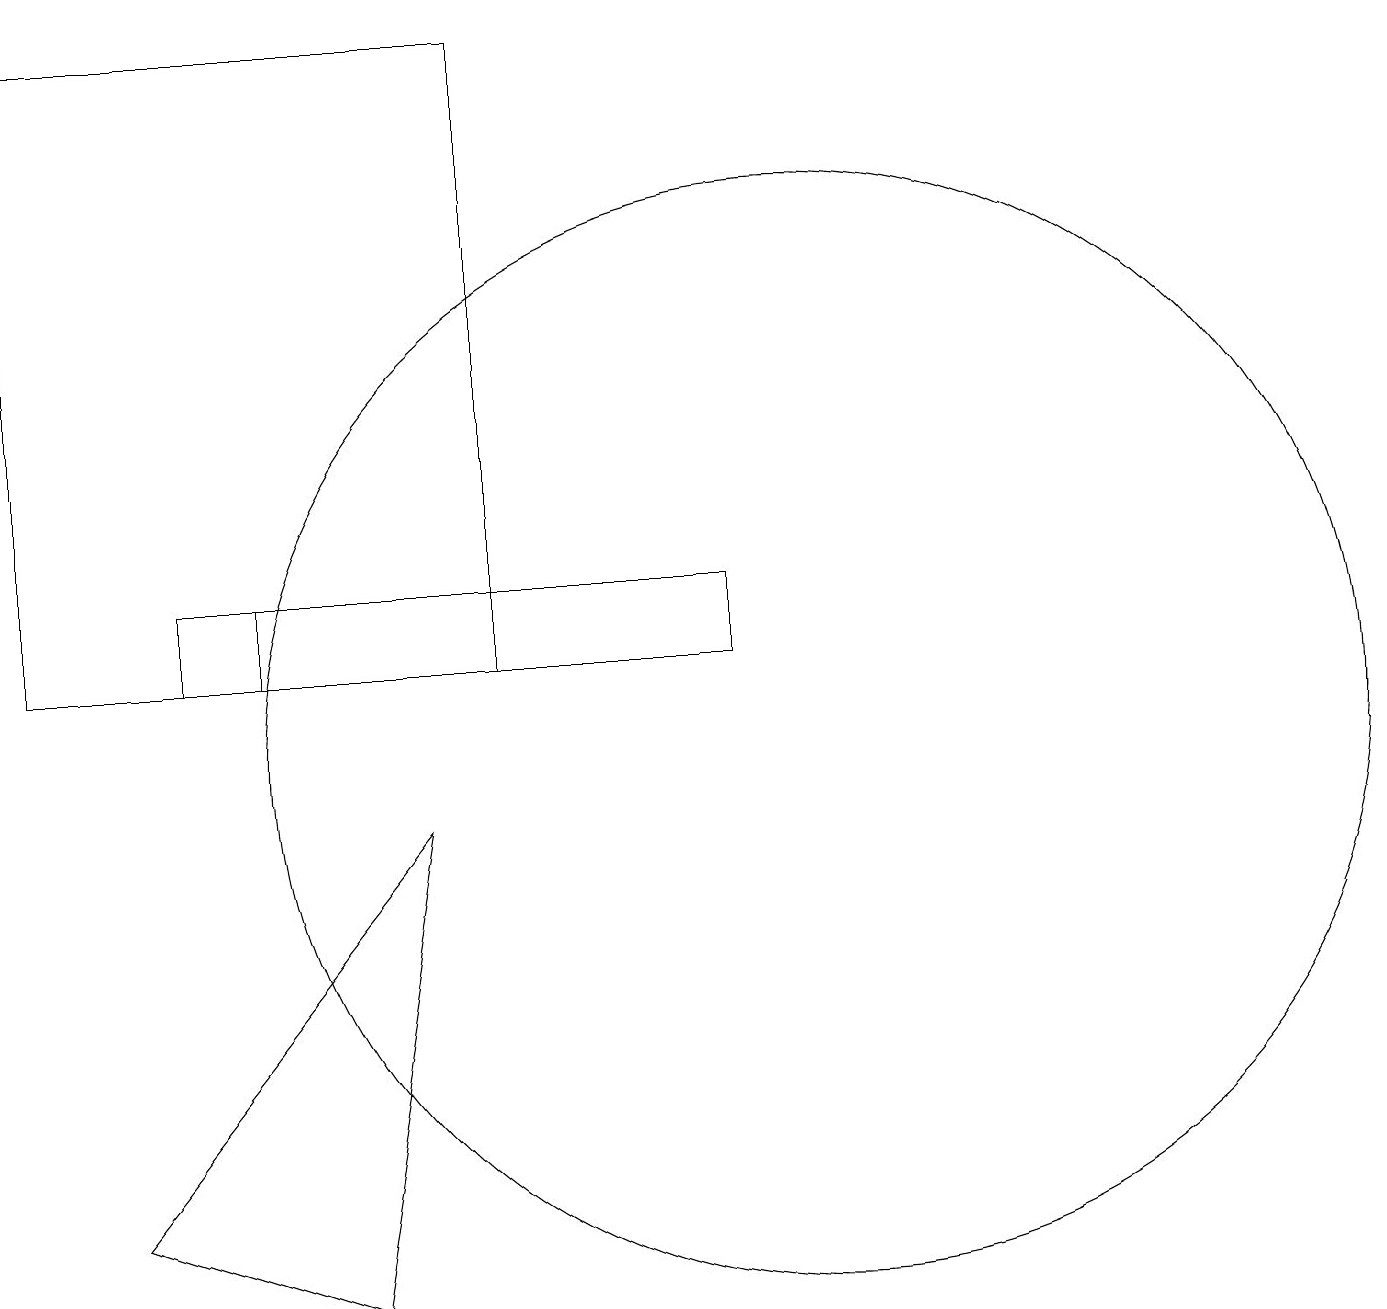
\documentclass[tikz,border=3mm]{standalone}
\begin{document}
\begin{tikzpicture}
\draw (3,12) rectangle (6,11);
\draw (0,19) rectangle (6,11);
\draw (2,12) rectangle (9,11);
\draw (1,4) -- (5,9) -- (4,3) -- cycle;
\draw (10,10) circle (7);
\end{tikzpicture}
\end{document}